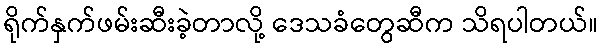
ရိုက်နှက်ဖမ်းဆီးခဲ့တာလို့ ဒေသခံတွေဆီက သိရပါတယ်။